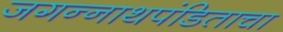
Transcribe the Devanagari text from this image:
जगन्‍नाथपंडिताचा